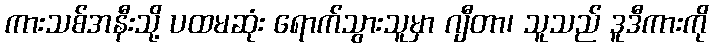
ကားသစ်အနီးသို့ ပထမဆုံး ရောက်သွားသူမှာ ဂျီတာ၊ သူသည် ဒူဒီကားကို